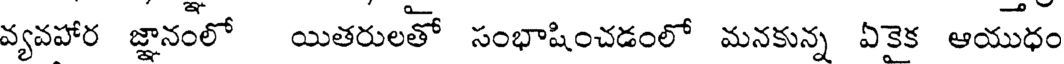
వ్యవహార జ్ఞానంలో యితరులతో సంభాషించడంలో మనకున్న ఏకైక ఆయుధం